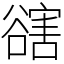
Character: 𧯆